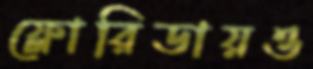
ফ্লোরিডায়ও